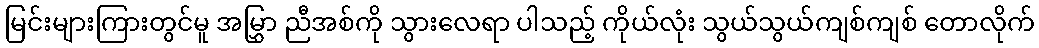
မြင်းများကြားတွင်မူ အမြွှာ ညီအစ်ကို သွားလေရာ ပါသည့် ကိုယ်လုံး သွယ်သွယ်ကျစ်ကျစ် တောလိုက်